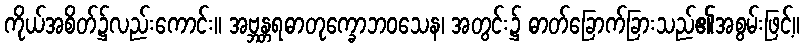
ကိုယ်အစိတ်၌လည်းကောင်း။ အဗ္ဘန္တရဓာတုက္ခောဘဝသေန၊ အတွင်း၌ ဓာတ်ခြောက်ခြားသည်၏အစွမ်းဖြင့်။